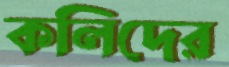
কলিদের